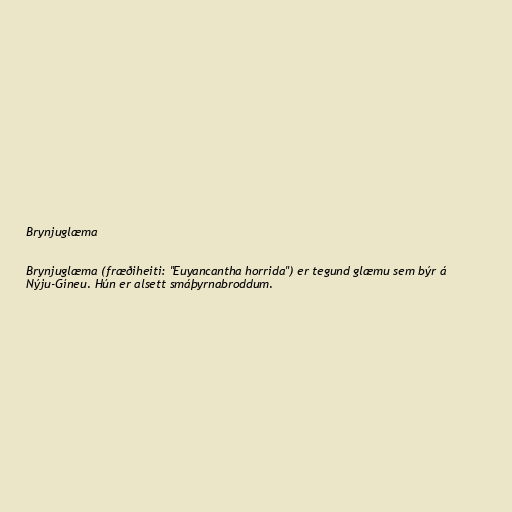
Brynjuglæma

Brynjuglæma (fræðiheiti: "Euyancantha horrida") er tegund glæmu sem býr á
Nýju-Gíneu. Hún er alsett smáþyrnabroddum.